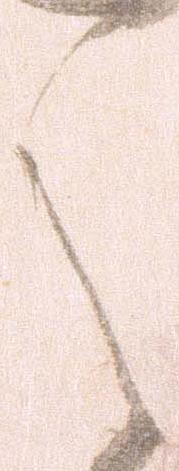
之